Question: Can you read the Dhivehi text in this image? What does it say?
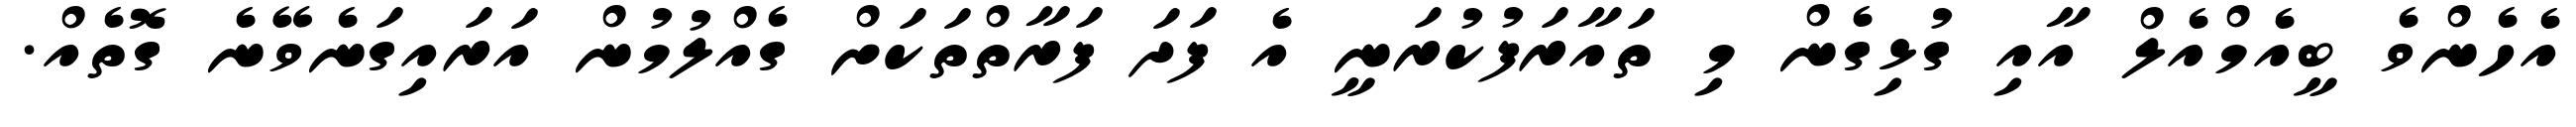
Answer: އެހެންވެ ބީއެމްއެލް އާއި ގުޅިގެން މި ތައާރަފުކުރަނީ އެ ފަދަ ފަރާތްތަކަށް ގެއްލުމުން އަރައިގަނެވޭނެ ގޮތެއް.